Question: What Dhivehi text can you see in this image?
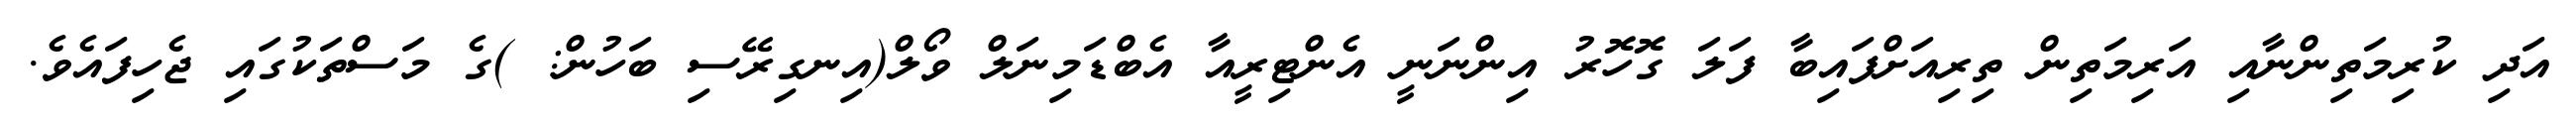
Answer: އަދި ކުރިމަތިންނާއި އަރިމަތިން ތިރިއަށްފައިބާ ފަލަ ގޮހޮރު އިންނަނީ އެންޓިރީއާ އެބްޑަމިނަލް ވޯލް(އިނގިރޭސި ބަހުން: )ގެ މަސްތަކުގައި ޖެހިފައެވެ.